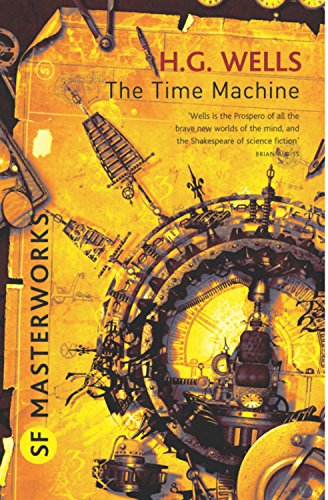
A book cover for The Time Machine (SF Masterworks); H. G. Wells; Literature & Fiction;